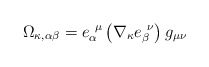
\begin{align*}\Omega_{\kappa,\alpha\beta}= e_\alpha^{\ \mu}\left(\nabla_\kappa e_\beta^{\ \nu}\right)g_{\mu\nu}\end{align*}